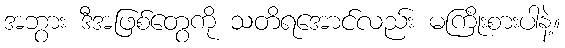
အဘွား ဒီအဖြစ်တွေကို သတိရအောင်လည်း မကြိုးစားပါနဲ့။